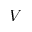
V